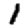
Digit: 1